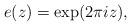
LaTeX: \begin{align*} e ( z ) = \exp ( 2 \pi i z ) ,\end{align*}